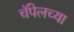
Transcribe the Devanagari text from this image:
चॅपेलच्या